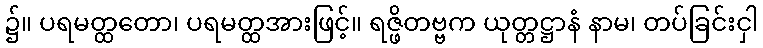
၌။ ပရမတ္ထတော၊ ပရမတ္ထအားဖြင့်။ ရဇ္ဖိတဗ္ဗက ယုတ္တဋ္ဌာနံ နာမ၊ တပ်ခြင်းငှါ